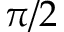
\pi / 2